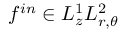
f ^ { i n } \in L _ { z } ^ { 1 } L _ { r , \theta } ^ { 2 }